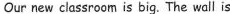
our new classroom is big. The wall is